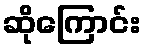
ဆိုကြောင်း